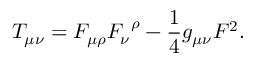
T _ { \mu \nu } = F _ { \mu \rho } { F _ { \nu } } ^ { \rho } - { \frac { 1 } { 4 } } g _ { \mu \nu } F ^ { 2 } .